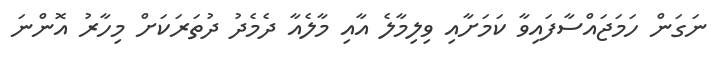
ނަގަން ހަމަޖައްސާފައިވާ ކަމަށާއި ވިލިމާލެ އާއި މާލެއާ ދެމެދު ދުތަރަކަށް މިހާރު އޮންނަ